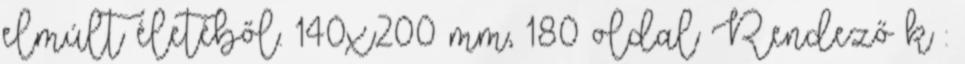
elmúlt életéből. 140x200 mm, 180 oldal Rendező k :